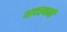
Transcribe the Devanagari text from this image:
याचस्थानी